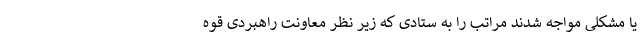
یا مشکلی مواجه شدند مراتب را به ستادی که زیر نظر معاونت راهبردی قوه